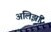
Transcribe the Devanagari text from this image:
अलिर्झा